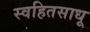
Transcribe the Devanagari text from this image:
स्वहितसाधू